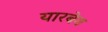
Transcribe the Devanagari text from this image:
यारबेग